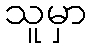
သူမှာ